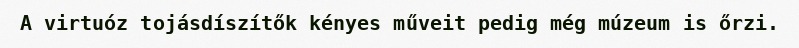
A virtuóz tojásdíszítők kényes műveit pedig még múzeum is őrzi.